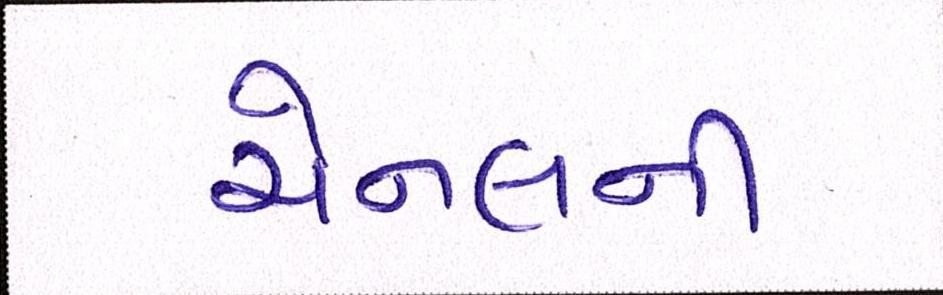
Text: ચેનલની